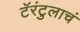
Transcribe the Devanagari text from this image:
टॅरंटुलाचं